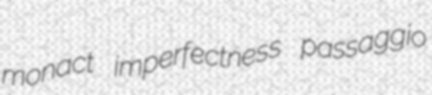
monact imperfectness passaggio